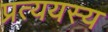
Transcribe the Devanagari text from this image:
प्रत्ययस्य